Indian journal of veterinary science and animal husbandry - Volumes 18-21, 1948-1951
Year: 1948
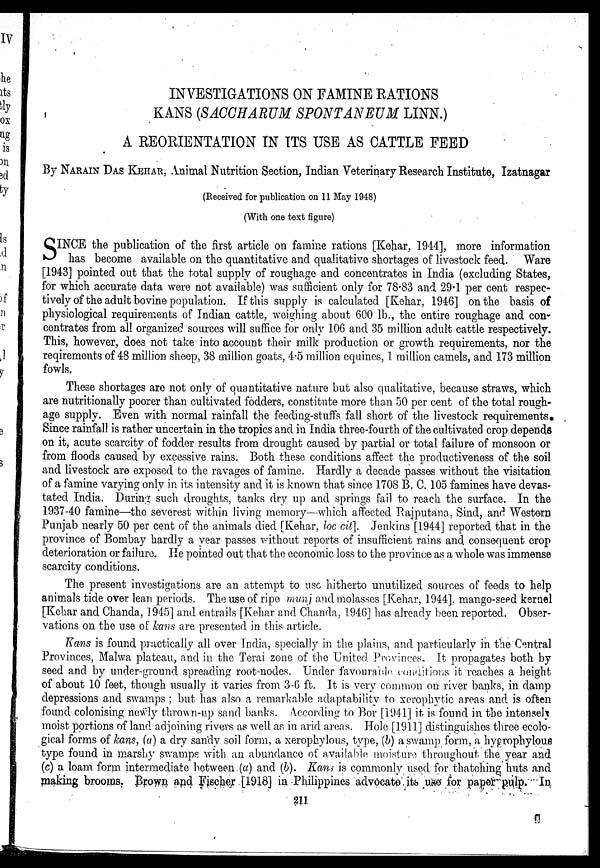
INVESTIGATIONS ON FAMINE RATIONS
KANS (SACCHARUM SPONTANEUM LINN.)
A REORIENTATION IN ITS USE AS CATTLE FEED
By NARAIN DAS KEHAR, Animal Nutrition Section, Indian Veterinary Research Institute, Izatnagar
(Received for publication on 11 May 1948)
(With one text figure)
S INCE the publication of the first article on famine rations [Kehar, 1944], more information
has become available on the quantitative and qualitative shortages of livestock feed. Ware
[1943] pointed out that the total supply of roughage and concentrates in India (excluding States,
for which accurate data were not available) was sufficient only for 78.83 and 29.1 per cent respec-
tively of the adult bovine population. If this supply is calculated [Kehar, 1946] on the basis of
physiological requirements of Indian cattle, weighing about 600 lb., the entire roughage and con-
centrates from all organized sources will suffice for only 106 and 35 million adult cattle respectively.
This, however, does not take into account their milk production or growth requirements, nor the
reqirements of 48 million sheep, 38 million goats, 4.5 million equines, 1 million camels, and 173 million
fowls.
These shortages are not only of quantitative nature but also qualitative, because straws, which
are nutritionally poorer than cultivated fodders, constitute more than 50 per cent of the total rough-
age supply. Even with normal rainfall the feeding-stuffs fall short of the livestock requirements
Since rainfall is rather uncertain in the tropics and in India three-fourth of the cultivated crop depends
on it, acute scarcity of fodder results from drought caused by partial or total failure of monsoon or
from floods caused by excessive rains. Both these conditions affect the productiveness of the soil
and livestock are exposed to the ravages of famine. Hardly a decade passes without the visitation
of a famine varying only in its intensity and it is known that since 1708 B. C. 105 famines have devas-
tated India. During such droughts, tanks dry up and springs fail to reach the surface. In the
1937-40 famine—the severest within living memory—which affected Rajputana, Sind, and Western
Punjab nearly 50 per cent of the animals died [Kehar, loc cit]. Jenkins [1944] reported that in the
province of Bombay hardly a year passes without reports of insufficient rains and consequent crop
deterioration or failure. He pointed out that the economic loss to the province as a whole was immense
scarcity conditions.
The present investigations are an attempt to use hitherto unutilized sources of feeds to help
animals tide over lean periods. The use of ripe munj and molasses [Kehar, 1944], mango-seed kernel
[Kehar and Chanda, 1945] and entrails [Kehar and Chanda, 1946] has already been reported. Obser-
vations on the use of kans are presented in this article.
Kans is found practically all over India, specially in the plains, and particularly in the Central
Provinces, Malwa plateau, and in the Terai zone of the United Provinces. It propagates both by
seed and by under-ground spreading root-nodes. Under favourable conditions it reaches a height
of about 10 feet, though usually it varies from 3-6 ft. It is very common on river banks, in damp
depressions and swamps ; but has also a remarkable adaptability to xerophytic areas and is often
found colonising newly thrown-up sand banks. According to Bor [1941] it is found in the intensely
moist portions of land adjoining rivers as well as in arid areas. Hole [1911] distinguishes three ecolo-
gical forms of kans, (a) a dry sandy soil form, a xerophylous, type, (b) a swamp form, a hygrophylous
type found in marshy swamps with an abundance of available moisture throughout the year and
(c) a loam form intermediate between (a) and (b). Kans is commonly used for thatching huts and
making brooms. Brown and Fischer [1918] in Philippines advocate its use for paper pulp. In
211